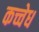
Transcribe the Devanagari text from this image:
कच्चेध